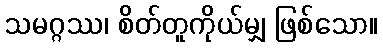
သမဂ္ဂဿ၊ စိတ်တူကိုယ်မျှ ဖြစ်သော။